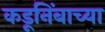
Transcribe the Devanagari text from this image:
कडूनिंबाच्या